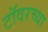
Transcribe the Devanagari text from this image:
टाॅवरच्या